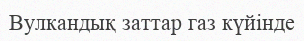
Вулкандық заттар газ күйінде